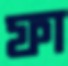
ফা